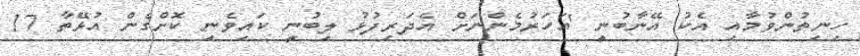
ހިނިތުންވުމާއި އެކު އޭނާބުނީ 'އަހަރުމެންނަށް އެދަރިފުޅު ލިބުނީ ކައިވެނި ކޮށްގެން އުޅޭތާ 17